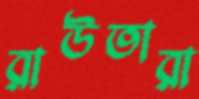
রাউতারা